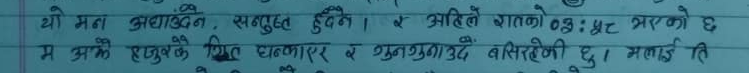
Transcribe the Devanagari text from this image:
यो मन अघाउँदिन, सन्तुष्ट हुदिन। र अहिले रातको ०३:४८ भएको छ
म अर्को हातुबले तित्त दनाएर र गुण्नुवाउदै बसिरहेकी छु। मलाई ति